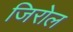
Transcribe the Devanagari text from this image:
जिरोल